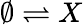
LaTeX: \emptyset\rightleftharpoons X